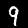
Label: 9